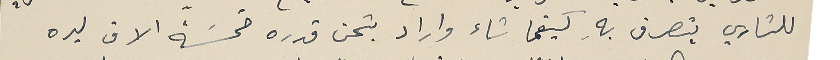
للشاري يتصرف بهِ كيفما شاء واراد بثمن قدره خمسَة الاف ليره